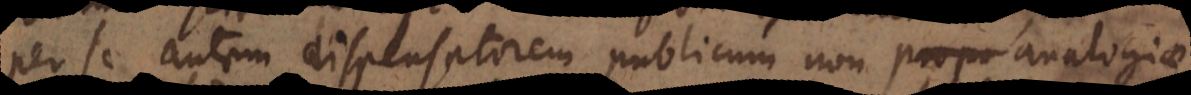
per se autem dispensatorem publicum non analogiae